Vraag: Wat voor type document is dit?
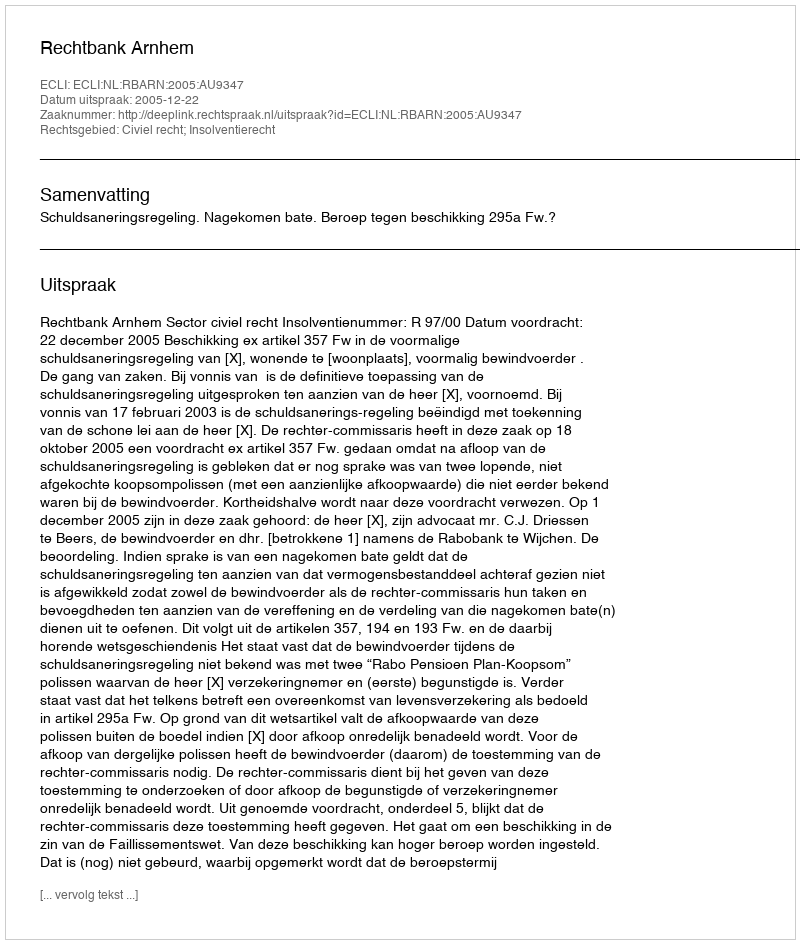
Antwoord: Uitspraak